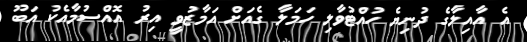
އެ އާއިލާގެ ދުނިޔެ ހުއްޓުވާލި ހަމަލާ ގެއަށް އަމާޒުވީ އިރު އޮއްސުމާއެކު އަބޫ